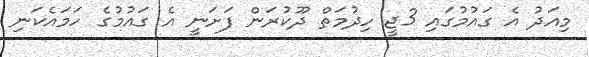
މިއަދު އެ ގައުމުގައި 3ޖީ ހިދުމަތް ދޫކުރަން ފަށަނީ އެ ގައުމުގެ ހަމައެކަނި